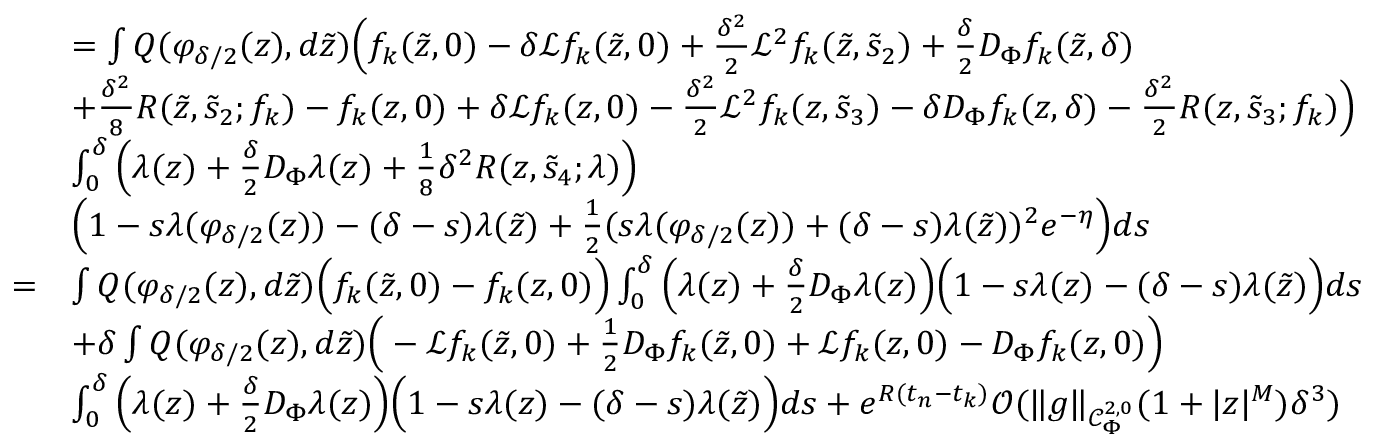
\begin{array} { r l } & { = \int Q ( \varphi _ { \delta / 2 } ( z ) , d \tilde { z } ) \Big ( f _ { k } ( \tilde { z } , 0 ) - \delta \mathcal { L } f _ { k } ( \tilde { z } , 0 ) + \frac { \delta ^ { 2 } } { 2 } \mathcal { L } ^ { 2 } f _ { k } ( \tilde { z } , \tilde { s } _ { 2 } ) + \frac { \delta } { 2 } D _ { \Phi } f _ { k } ( \tilde { z } , \delta ) } \\ & { + \frac { \delta ^ { 2 } } { 8 } R ( \tilde { z } , \tilde { s } _ { 2 } ; f _ { k } ) - f _ { k } ( z , 0 ) + \delta \mathcal { L } f _ { k } ( z , 0 ) - \frac { \delta ^ { 2 } } { 2 } \mathcal { L } ^ { 2 } f _ { k } ( z , \tilde { s } _ { 3 } ) - \delta D _ { \Phi } f _ { k } ( z , \delta ) - \frac { \delta ^ { 2 } } { 2 } R ( z , \tilde { s } _ { 3 } ; f _ { k } ) \Big ) } \\ & { \int _ { 0 } ^ { \delta } \Big ( \lambda ( z ) + \frac { \delta } { 2 } D _ { \Phi } \lambda ( z ) + \frac { 1 } { 8 } \delta ^ { 2 } R ( z , \tilde { s } _ { 4 } ; \lambda ) \Big ) } \\ & { \Big ( 1 - s \lambda ( \varphi _ { \delta / 2 } ( z ) ) - ( \delta - s ) \lambda ( \tilde { z } ) + \frac { 1 } { 2 } ( s \lambda ( \varphi _ { \delta / 2 } ( z ) ) + ( \delta - s ) \lambda ( \tilde { z } ) ) ^ { 2 } e ^ { - \eta } \Big ) d s } \\ { = } & { \int Q ( \varphi _ { \delta / 2 } ( z ) , d \tilde { z } ) \Big ( f _ { k } ( \tilde { z } , 0 ) - f _ { k } ( z , 0 ) \Big ) \int _ { 0 } ^ { \delta } \Big ( \lambda ( z ) + \frac { \delta } { 2 } D _ { \Phi } \lambda ( z ) \Big ) \Big ( 1 - s \lambda ( z ) - ( \delta - s ) \lambda ( \tilde { z } ) \Big ) d s } \\ & { + \delta \int Q ( \varphi _ { \delta / 2 } ( z ) , d \tilde { z } ) \Big ( - \mathcal { L } f _ { k } ( \tilde { z } , 0 ) + \frac { 1 } { 2 } D _ { \Phi } f _ { k } ( \tilde { z } , 0 ) + \mathcal { L } f _ { k } ( z , 0 ) - D _ { \Phi } f _ { k } ( z , 0 ) \Big ) } \\ & { \int _ { 0 } ^ { \delta } \Big ( \lambda ( z ) + \frac { \delta } { 2 } D _ { \Phi } \lambda ( z ) \Big ) \Big ( 1 - s \lambda ( z ) - ( \delta - s ) \lambda ( \tilde { z } ) \Big ) d s + e ^ { R ( t _ { n } - t _ { k } ) } \mathcal { O } ( \lVert g \rVert _ { \mathcal { C } _ { \Phi } ^ { 2 , 0 } } ( 1 + \lvert z \rvert ^ { M } ) \delta ^ { 3 } ) } \end{array}